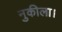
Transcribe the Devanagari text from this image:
नुकीला।